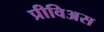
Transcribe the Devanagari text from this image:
प्रीविअस